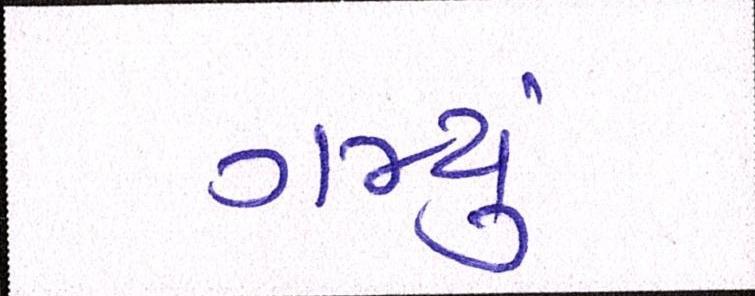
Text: ગમ્યું